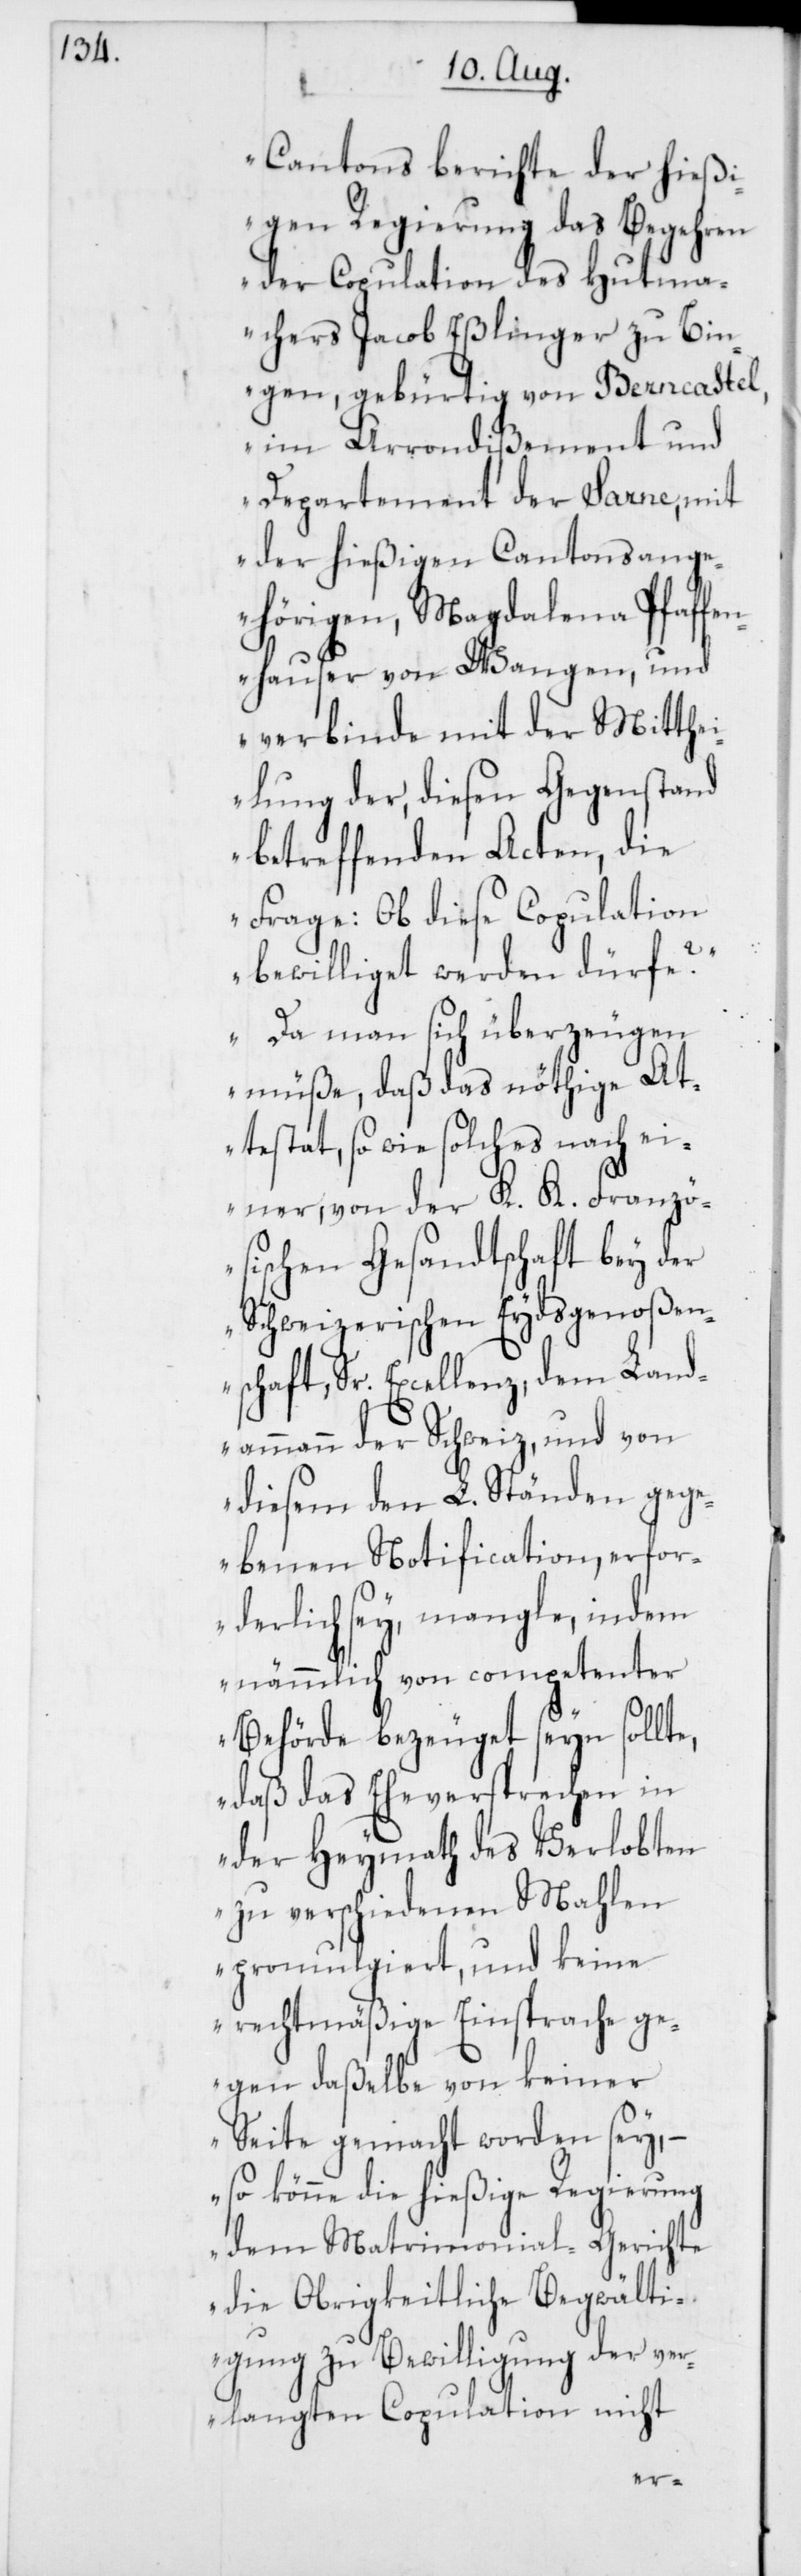
Cantons berichte der hießi¬
gen Regierung das Begehren
der Copulation des Hutma¬
chers Jacob Eßlinger zu Bin¬
gen, gebürtig von Berncastel,
im Arrondißement und
Departement der Sarne, mit
der hießigen Cantonsange¬
hörigen, Magdalena Pfaffe¬
nhauser von Wangen, und
verbinde mit der Mitthei¬
lung der, diesen Gegenstand
betreffenden Acten, die
Frage: Ob diese Copulation
bewilliget werden dürfe?
Da man sich überzeugen
müße, daß das nöthige At¬
testat, so wie solches nach ei¬
ner von der K. K. Franzö¬
sischen Gesandtschaft bey der
Schweizerischen Eydsgenoßen¬
schaft, Sr. Excellenz, dem Land¬
ammann der Schweiz, und von
diesem den L. Ständen geg¬
ebenen Notification, erfor¬
derlich sey, mangle, indem
nämmlich von competenter
Behörde bezeuget seyn sollte,
daß das Eheversprechen in
der Heymath des Verlobten
zu verschiedenen Mahlen
promulgiert, und keine
rechtmäßige Einsprache ge¬
gen daßelbe von keiner
Seite gemacht worden sey, –
so könne die hießige Regierung
dem Matrimonial-Gerichte
die Obrigkeitliche Begwälti¬
gung zu Bewilligung der ver¬
langten Copulation nicht